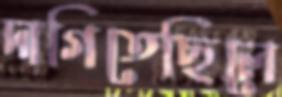
দাগিতেছিলে